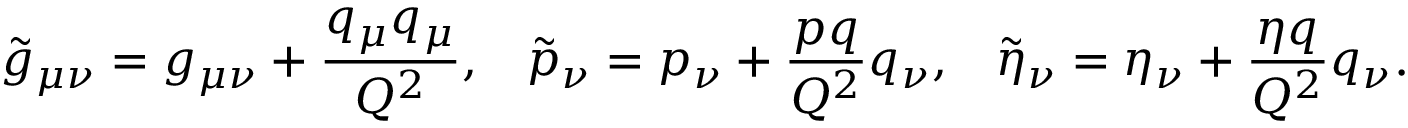
\tilde { g } _ { \mu \nu } = g _ { \mu \nu } + \frac { q _ { \mu } q _ { \mu } } { Q ^ { 2 } } , \; \; \; \tilde { p } _ { \nu } = p _ { \nu } + \frac { p q } { Q ^ { 2 } } q _ { \nu } , \; \; \; \tilde { \eta } _ { \nu } = \eta _ { \nu } + \frac { \eta q } { Q ^ { 2 } } q _ { \nu } .